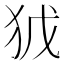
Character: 𭸀